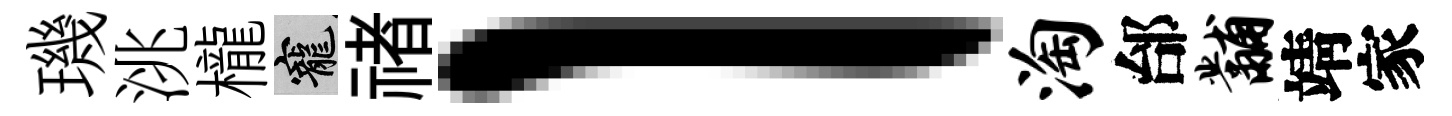
璣洮櫳寵禇l淘邰黼靖家